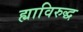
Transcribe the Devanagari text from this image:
ह्याविरुद्ध